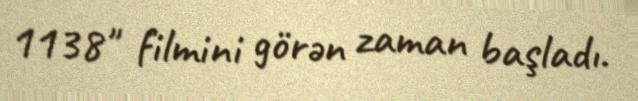
1138" filmini görən zaman başladı.